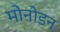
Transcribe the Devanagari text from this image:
मोनोडन